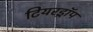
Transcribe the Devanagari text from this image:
टियरड्रॉप